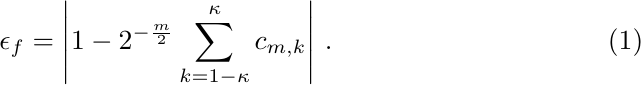
	\begin{equation}
		\epsilon_f = \left| 1 - 2^{-\frac{m}{2}} \sum_{k=1-\kappa}^{\kappa} c_{m,k}\right|\,. \label{eqn:swift_density_eps}
	\end{equation}